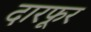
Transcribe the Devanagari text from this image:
दारफूर